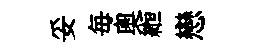
妥毎奥縆戀